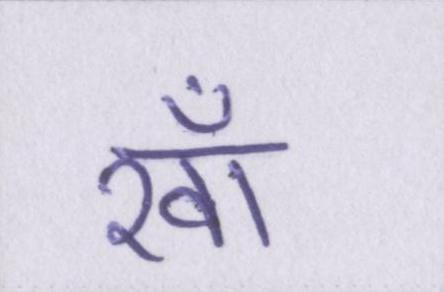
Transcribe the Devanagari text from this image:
खाँ